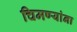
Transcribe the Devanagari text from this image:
चिमण्यांना